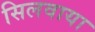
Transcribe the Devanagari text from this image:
सिलवाया